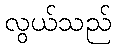
လွယ်သည်